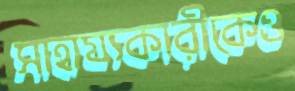
সাহায্যকারীকেও